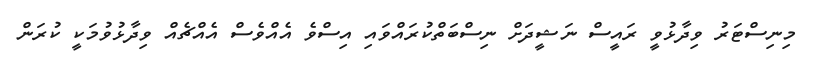
މިނިސްޓަރު ވިދާޅުވީ ރައީސް ނަޝީދަށް ނިސްބަތްކުރައްވައި އިސްވެ އެއްވެސް އެއްޗެއް ވިދާޅުވުމަކީ ކުރަން